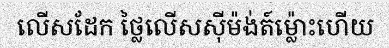
លើសដែក ថ្លៃលើសស៊ីម៉ង់ត៍ម្ល៉ោះហើយ